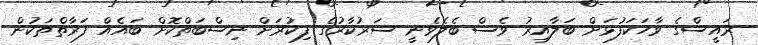
ރައީސްގެ ވާހަކަފުޅަށް ބަލާއިރު ވެސް ބެލެވެނީ ސަރުކާރުގެ ފިކުރަށް ނިސްބަތްކޮށް ބައެއް ފަރާތްތަކުން